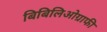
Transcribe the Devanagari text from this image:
बिबिलिओग्राफी